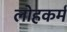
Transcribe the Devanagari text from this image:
लोहकर्म